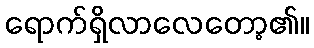
ရောက်ရှိလာလေတော့၏။